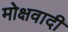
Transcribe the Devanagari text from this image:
मोक्षवादी